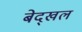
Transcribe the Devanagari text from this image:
बेद्खल